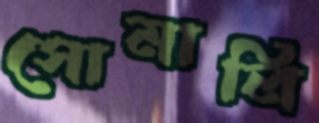
সোমালি